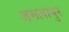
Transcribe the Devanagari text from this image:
जमलापुर